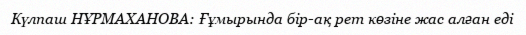
Күлпаш НҰРМАХАНОВА: Ғұмырында бір-ақ рет көзіне жас алған еді